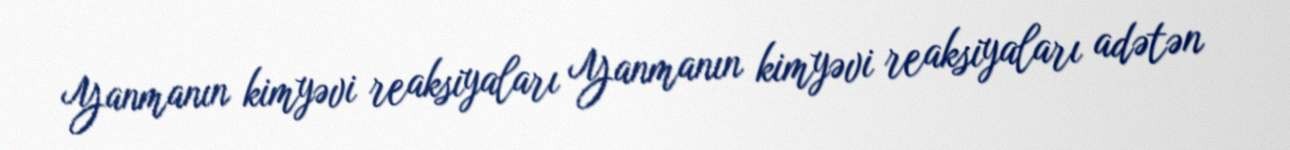
Yanmanın kimyəvi reaksiyaları Yanmanın kimyəvi reaksiyaları adətən